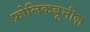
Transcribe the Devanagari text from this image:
फ्रोलिकबूनीज़